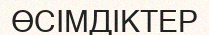
ӨСІМДІКТЕР